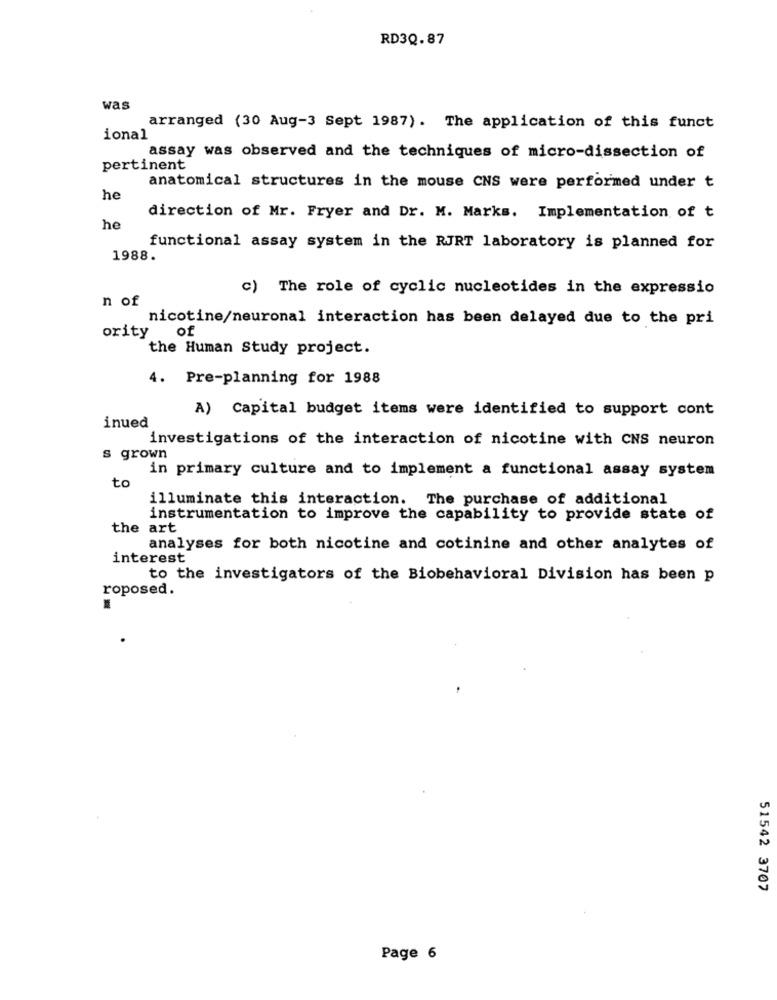
RD3Q.87
was
arranged (30 Aug-3 Sept 1987). The application of this funct
ional
assay was observed and the techniques of micro-dissection of
pertinent
anatomical structures in the mouse CNS were performed under t
he
direction of Mr. Fryer and Dr. M. Marks. Implementation of t
he
functional assay system in the RJRT laboratory is planned for
1988.
c) The role of cyclic nucleotides in the expression
n of
nicotine/neuronal interaction has been delayed due to the pri
of
ority
the Human Study project.
4. Pre-planning for 1988
A) Capital budget items were identified to support cont
inued
investigations of the interaction of nicotine with CNS neuron
s grown
in primary culture and to implement a functional assay system
to
illuminate this interaction. The purchase of additional
instrumentation to improve the capability to provide state of
the art
analyses for both nicotine and cotinine and other analytes of
interest
to the investigators of the Biobehavioral Division has been p
roposed.
51542 3707
Page 6